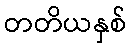
တတိယနှစ်